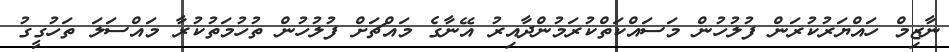
ނާޒިމް ހައްޔަރުކުރަން ފުލުހުން މަސައްކަތްކުރަމުންދާއިރު އޭނާގެ މައްޗަށް ފުލުހުން ތުހުމަތުކުރާ މައްސަލަ ތަހުގީގު